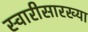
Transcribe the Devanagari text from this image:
स्वारीसारख्या